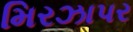
મિરઝાપર